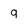
Character: q